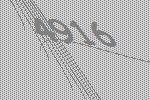
4916